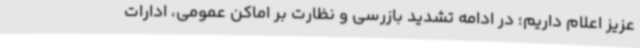
عزیز اعلام داریم؛ در ادامه تشدید بازرسی و نظارت بر اماکن عمومی، ادارات